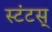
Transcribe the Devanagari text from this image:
स्टंटस्